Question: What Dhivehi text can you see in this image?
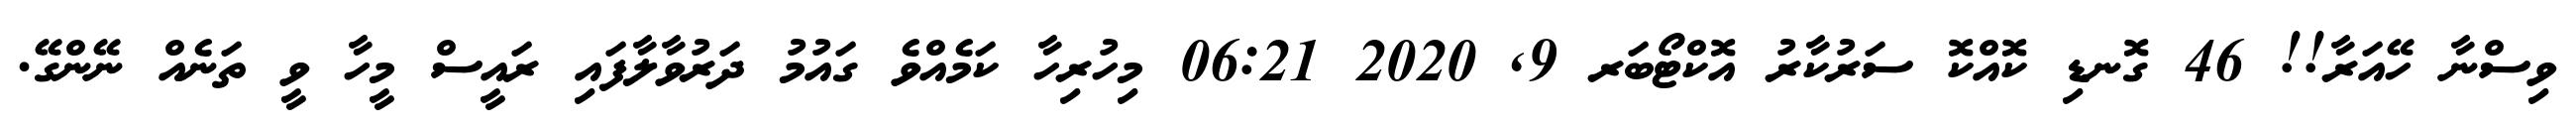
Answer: ވިސްނާ ހޭއަރާ!! 46 ގޮނޑި ކޮއްކޮ ސަރުކާރު އޮކްޓޯބަރ 9, 2020 06:21 މިހުރިހާ ކަމެއްވެ ގައުމު ދަރުވާލާފައި ރައީސް މީހާ ވީ ތަނެއް ނޭންގޭ.